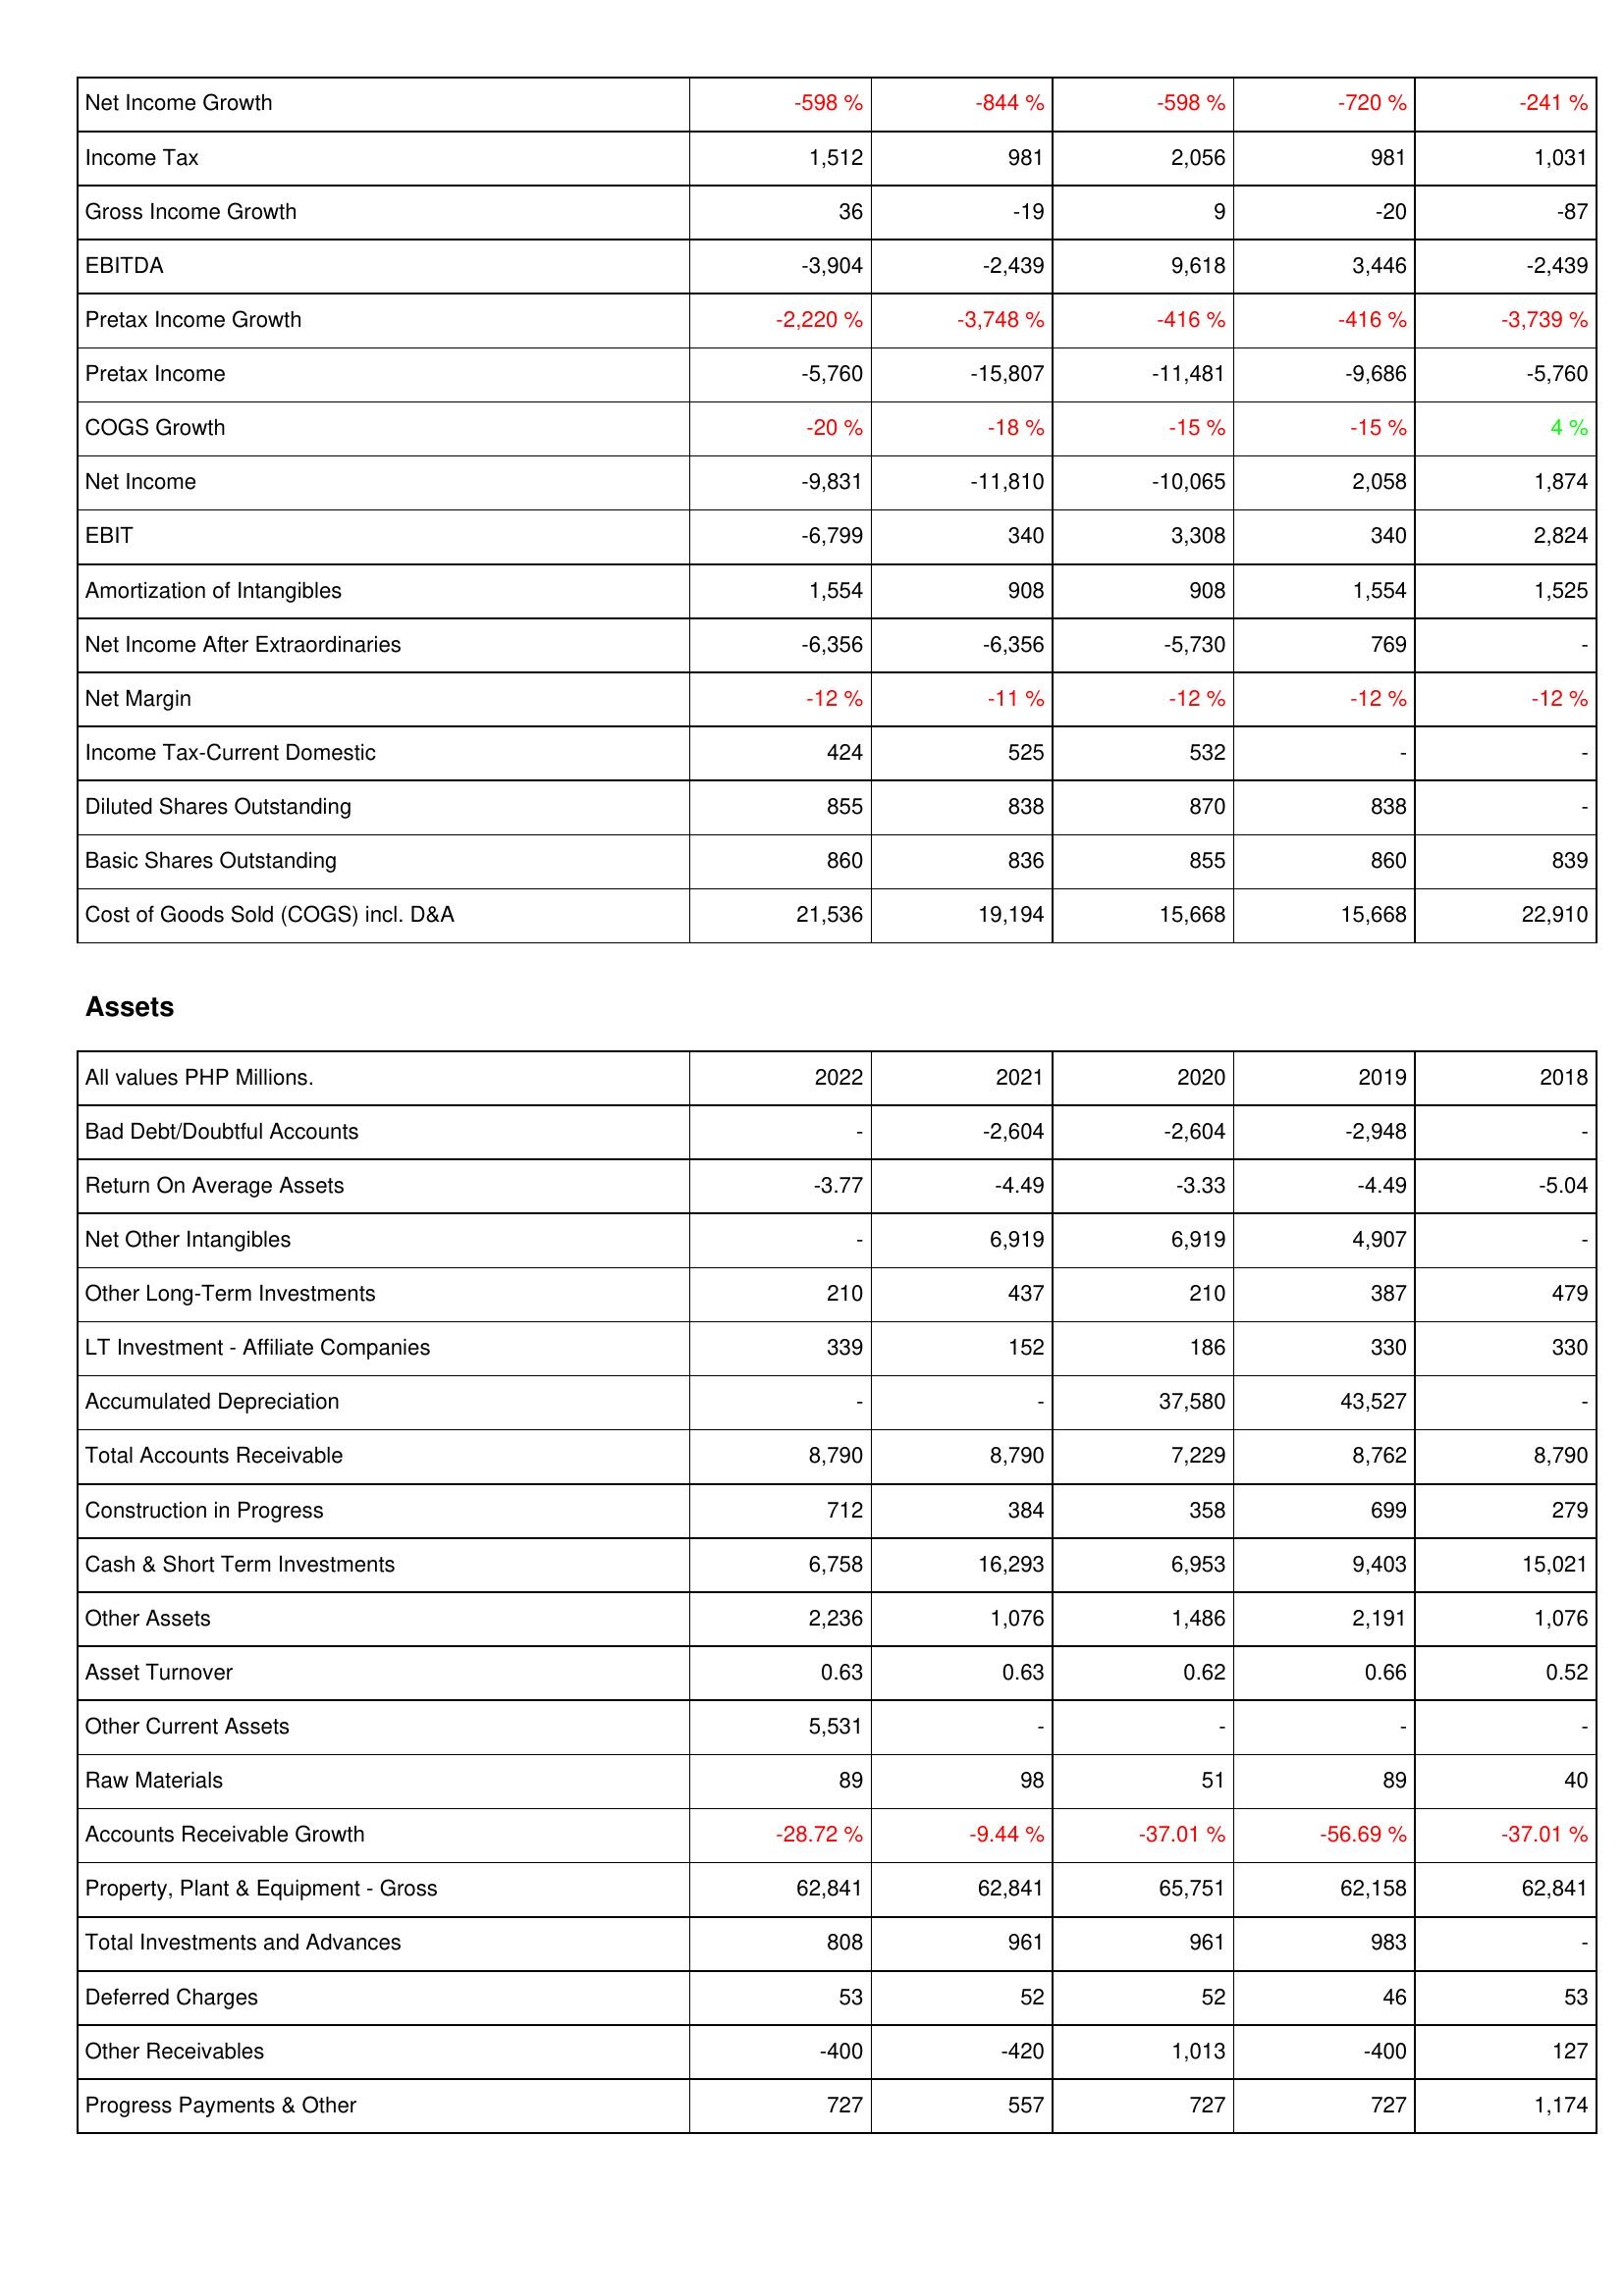
2022: Income Statement: Net Income Growth: -598 %
Income Tax: 1,512
Gross Income Growth: 36
EBITDA: -3,904
Pretax Income Growth: -2,220 %
Pretax Income: -5,760
COGS Growth: -20 %
Net Income: -9,831
EBIT: -6,799
Amortization of Intangibles: 1,554
Net Income After Extraordinaries: -6,356
Net Margin: -12 %
Income Tax-Current Domestic: 424
Diluted Shares Outstanding: 855
Basic Shares Outstanding: 860
Cost of Goods Sold (COGS) incl. D&A: 21,536
Assets: Bad Debt/Doubtful Accounts: -
Return On Average Assets: -3.77
Net Other Intangibles: -
Other Long-Term Investments: 210
LT Investment - Affiliate Companies: 339
Accumulated Depreciation: -
Total Accounts Receivable: 8,790
Construction in Progress: 712
Cash & Short Term Investments: 6,758
Other Assets: 2,236
Asset Turnover: 0.63
Other Current Assets: 5,531
Raw Materials: 89
Accounts Receivable Growth: -28.72 %
Property, Plant & Equipment - Gross: 62,841
Total Investments and Advances: 808
Deferred Charges: 53
Other Receivables: -400
Progress Payments & Other: 727
2021: Income Statement: Net Income Growth: -844 %
Income Tax: 981
Gross Income Growth: -19
EBITDA: -2,439
Pretax Income Growth: -3,748 %
Pretax Income: -15,807
COGS Growth: -18 %
Net Income: -11,810
EBIT: 340
Amortization of Intangibles: 908
Net Income After Extraordinaries: -6,356
Net Margin: -11 %
Income Tax-Current Domestic: 525
Diluted Shares Outstanding: 838
Basic Shares Outstanding: 836
Cost of Goods Sold (COGS) incl. D&A: 19,194
Assets: Bad Debt/Doubtful Accounts: -2,604
Return On Average Assets: -4.49
Net Other Intangibles: 6,919
Other Long-Term Investments: 437
LT Investment - Affiliate Companies: 152
Accumulated Depreciation: -
Total Accounts Receivable: 8,790
Construction in Progress: 384
Cash & Short Term Investments: 16,293
Other Assets: 1,076
Asset Turnover: 0.63
Other Current Assets: -
Raw Materials: 98
Accounts Receivable Growth: -9.44 %
Property, Plant & Equipment - Gross: 62,841
Total Investments and Advances: 961
Deferred Charges: 52
Other Receivables: -420
Progress Payments & Other: 557
2020: Income Statement: Net Income Growth: -598 %
Income Tax: 2,056
Gross Income Growth: 9
EBITDA: 9,618
Pretax Income Growth: -416 %
Pretax Income: -11,481
COGS Growth: -15 %
Net Income: -10,065
EBIT: 3,308
Amortization of Intangibles: 908
Net Income After Extraordinaries: -5,730
Net Margin: -12 %
Income Tax-Current Domestic: 532
Diluted Shares Outstanding: 870
Basic Shares Outstanding: 855
Cost of Goods Sold (COGS) incl. D&A: 15,668
Assets: Bad Debt/Doubtful Accounts: -2,604
Return On Average Assets: -3.33
Net Other Intangibles: 6,919
Other Long-Term Investments: 210
LT Investment - Affiliate Companies: 186
Accumulated Depreciation: 37,580
Total Accounts Receivable: 7,229
Construction in Progress: 358
Cash & Short Term Investments: 6,953
Other Assets: 1,486
Asset Turnover: 0.62
Other Current Assets: -
Raw Materials: 51
Accounts Receivable Growth: -37.01 %
Property, Plant & Equipment - Gross: 65,751
Total Investments and Advances: 961
Deferred Charges: 52
Other Receivables: 1,013
Progress Payments & Other: 727
2019: Income Statement: Net Income Growth: -720 %
Income Tax: 981
Gross Income Growth: -20
EBITDA: 3,446
Pretax Income Growth: -416 %
Pretax Income: -9,686
COGS Growth: -15 %
Net Income: 2,058
EBIT: 340
Amortization of Intangibles: 1,554
Net Income After Extraordinaries: 769
Net Margin: -12 %
Income Tax-Current Domestic: -
Diluted Shares Outstanding: 838
Basic Shares Outstanding: 860
Cost of Goods Sold (COGS) incl. D&A: 15,668
Assets: Bad Debt/Doubtful Accounts: -2,948
Return On Average Assets: -4.49
Net Other Intangibles: 4,907
Other Long-Term Investments: 387
LT Investment - Affiliate Companies: 330
Accumulated Depreciation: 43,527
Total Accounts Receivable: 8,762
Construction in Progress: 699
Cash & Short Term Investments: 9,403
Other Assets: 2,191
Asset Turnover: 0.66
Other Current Assets: -
Raw Materials: 89
Accounts Receivable Growth: -56.69 %
Property, Plant & Equipment - Gross: 62,158
Total Investments and Advances: 983
Deferred Charges: 46
Other Receivables: -400
Progress Payments & Other: 727
2018: Income Statement: Net Income Growth: -241 %
Income Tax: 1,031
Gross Income Growth: -87
EBITDA: -2,439
Pretax Income Growth: -3,739 %
Pretax Income: -5,760
COGS Growth: 4 %
Net Income: 1,874
EBIT: 2,824
Amortization of Intangibles: 1,525
Net Income After Extraordinaries: -
Net Margin: -12 %
Income Tax-Current Domestic: -
Diluted Shares Outstanding: -
Basic Shares Outstanding: 839
Cost of Goods Sold (COGS) incl. D&A: 22,910
Assets: Bad Debt/Doubtful Accounts: -
Return On Average Assets: -5.04
Net Other Intangibles: -
Other Long-Term Investments: 479
LT Investment - Affiliate Companies: 330
Accumulated Depreciation: -
Total Accounts Receivable: 8,790
Construction in Progress: 279
Cash & Short Term Investments: 15,021
Other Assets: 1,076
Asset Turnover: 0.52
Other Current Assets: -
Raw Materials: 40
Accounts Receivable Growth: -37.01 %
Property, Plant & Equipment - Gross: 62,841
Total Investments and Advances: -
Deferred Charges: 53
Other Receivables: 127
Progress Payments & Other: 1,174